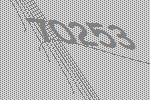
70253